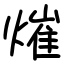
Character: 熣